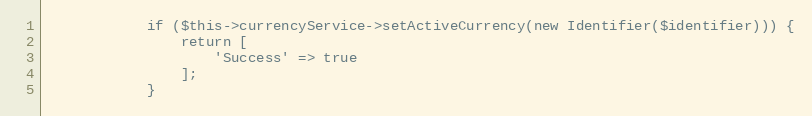
Language: PHP
            if ($this->currencyService->setActiveCurrency(new Identifier($identifier))) {
                return [
                    'Success' => true
                ];
            }